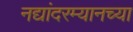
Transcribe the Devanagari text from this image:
नद्यांदरम्यानच्या